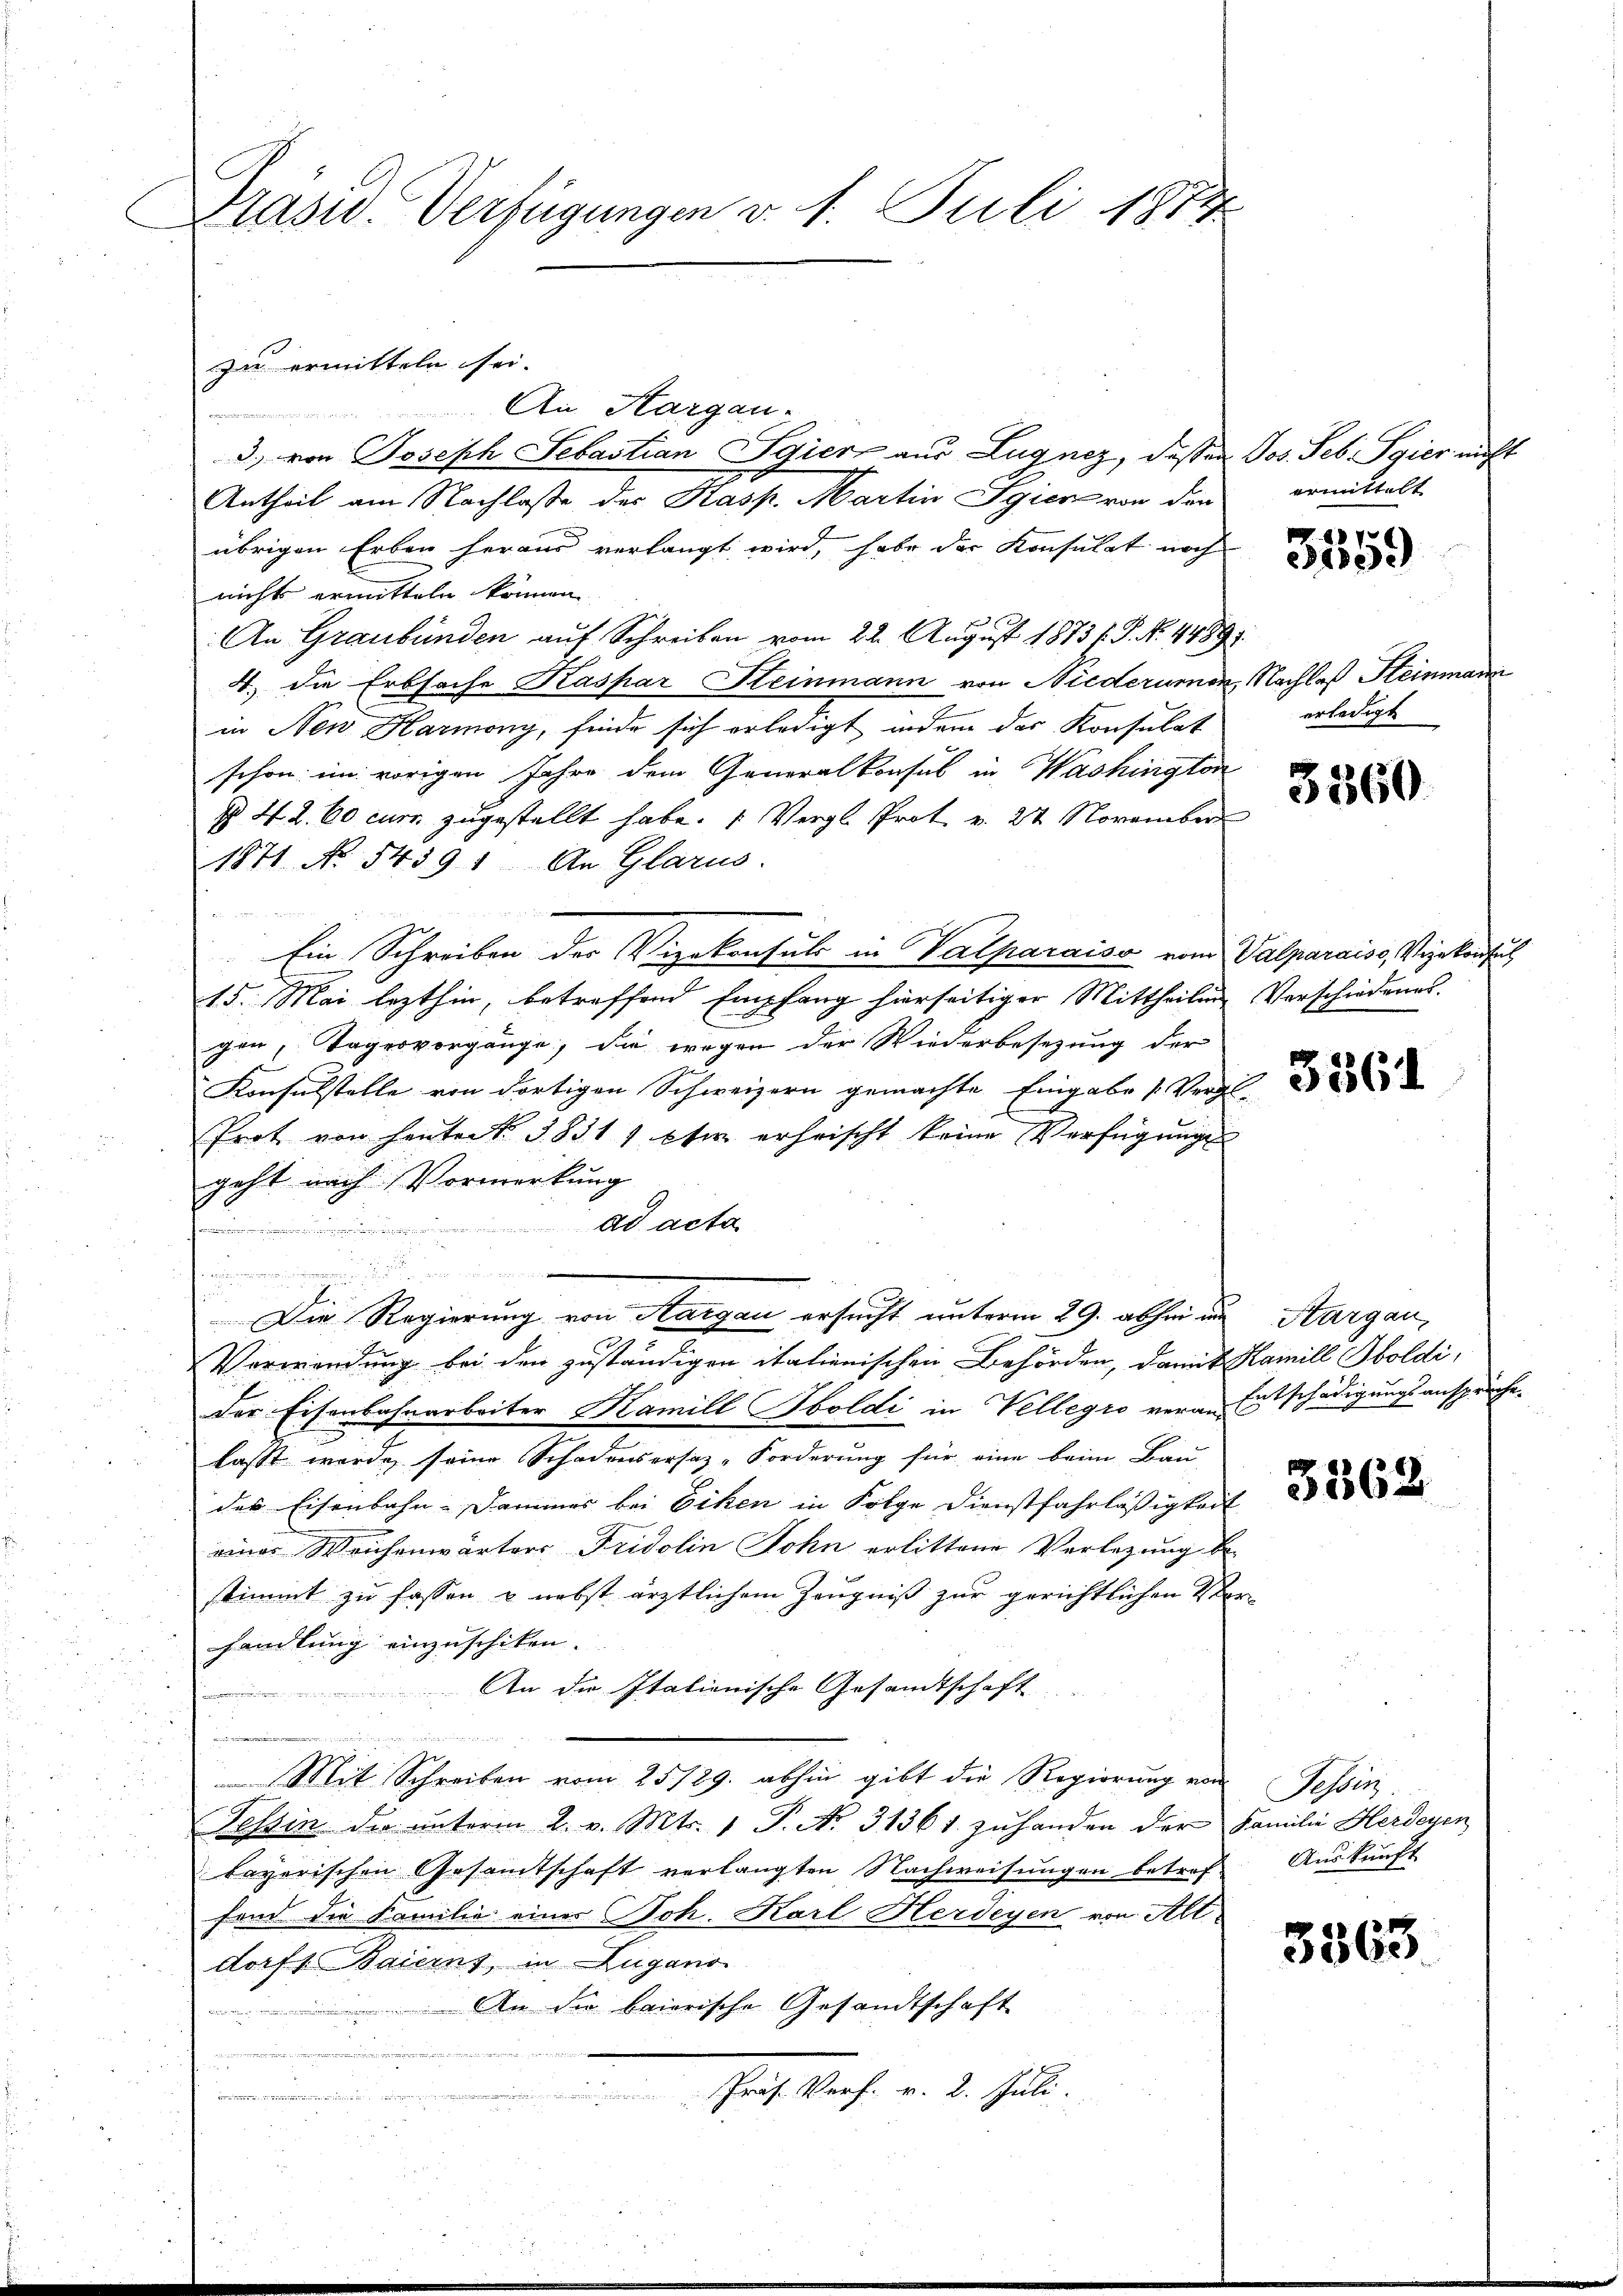
Präsid. Verfügungen v. 1. Juli 1874

An Hargau.
3.) von Joseph Sebastian Syierz aus Lugnez, dassen Jos. Seb. Pgier nicht
Antheil am Nachlasse des Kasp. Martin gien von den
übrigen Erben heraus verlangt wird, habe der Konsulat noch
nichts ermitteln können.
An Graubünden auf Schreiben vom 22. August 1873 u. P. No. 4489.
4. die Erbsache Kaspar Steinmann von Niederumen, Nachlaß Steinmar
in Nen Harmony, finde sich erledigt, indem der Konsulat
schon im vorigen Jahre dem Generalkonsul in Washington
§ 42. 60 curr. zugestellt habe. (Vergl. Prot. v. 22 November
1871 No 54391 An Glarus.
e

Ein Schreiben der Vizekonsuls in Valparaisa vom Valparaiso, Vizekonsul
15. Mai lezthin, betreffend Empfang hierseitiger Mittheilung Verschiedenes.
gen, Tagesvorgänge, die wegen der Wiederbesezung der
Konsulstelle von dortigen Schweizern gemachte Eingabe [Vergl.
Prot von hintert. 3831 1 et erfrischt keine Verfügung
geht nach Vormerkung
ad acta
.

n
u
2
Die Regierung von Aargau ersucht unterm 29. abhin in Aargau,
Verwendung bei den zuständigen italienischen Behörden, damit Kamill Soldi,
der Eisenbahnarbeiter Kamill Soldi in Vellegio veran Entschädigungsanspruchelasst werde seine Schadensersatz-Forderung für eine beim Bau-
des Eisenbahn-Dammer bei Eiken in Folge Dienstfahrläßigkeit
eines Weichenwärters Fridolin John erlittene Verlegung be-
stimmt zu fassen u. nebst ärztlichem Zeugniß zur gerichtlichen Verhandlung einzuschiken.
An die Itationische Gesandtschaft
n

Mit Schreiben vom 25/29. abhin gibt die Regierung von
Tessin die ŭnterm 2. v. Mts. 1 P. No. 31361. zŭ handen der Familie Herdeyen
bayerischen Gesamtschaft verlangten Nachweisungen betref
fend die Familie einer Joh. Karl Herdeyen von Alt-
dorf Baierns, in Zugano
An die baierische Gesandtschaft
 brache von der halte
e
n

zu ermitteln sei.

ermittelt

1
edec

erledigt

3360

3561

3362

Tessin
Auskunft

3863.